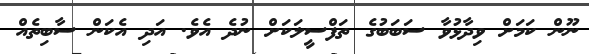
ނޫން ކަމަށް ވިދާޅުވާ ސަބަބުގެ ތަފްސީލަކަށް ނުދެ އެވެ. އަދި އެކަން ސާބިތެއް